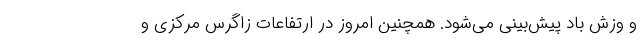
و وزش باد پیش‌بینی می‌شود. همچنین امروز در ارتفاعات زاگرس مرکزی و